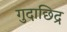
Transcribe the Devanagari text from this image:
गुदाछिद्र